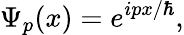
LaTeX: \Psi_{p}(x)=e^{ipx/\hbar},